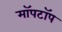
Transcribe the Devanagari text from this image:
मॉपटॉप